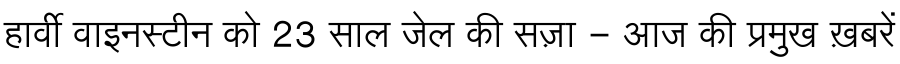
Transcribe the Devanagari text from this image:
हार्वी वाइनस्टीन को 23 साल जेल की सज़ा - आज की प्रमुख ख़बरें